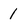
Character: 1